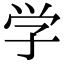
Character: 学